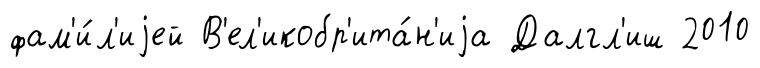
фам'и́л'иjей В'ел'икобр'ита́н'иjа Далгл'иш 2010